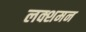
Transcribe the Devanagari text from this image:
लक्शमन